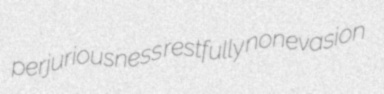
perjuriousness restfully nonevasion